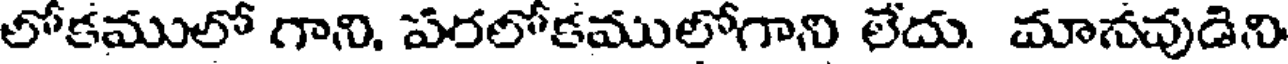
లోకములో గాని, పరలోకములోగాని లేదు. మానవుడిని